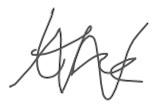
Text: the
Cross-out: zig-zag
Writing tool: digital_gray